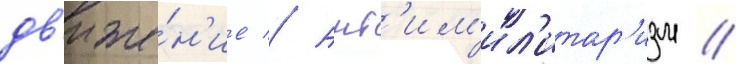
дв'иже́н'ие // Ант'им'ил'итар'изм //